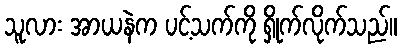
သူလား အာယနဲက ပင့်သက်ကို ရှိုက်လိုက်သည်။